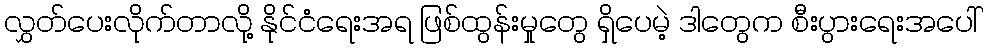
လွှတ်ပေးလိုက်တာလို့ နိုင်ငံရေးအရ ဖြစ်ထွန်းမှုတွေ ရှိပေမဲ့ ဒါတွေက စီးပွားရေးအပေါ်